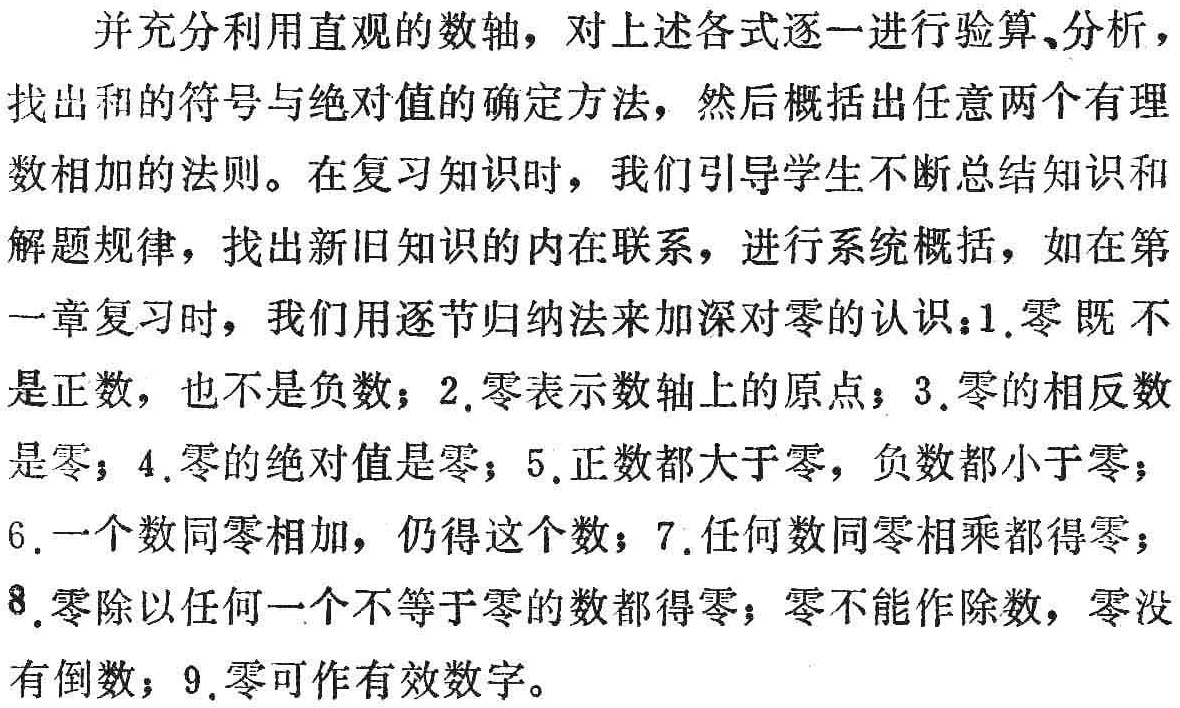
并充分利用直观的数轴，对上述各式逐一进行验算、分析，找出和的符号与绝对值的确定方法，然后概括出任意两个有理数相加的法则。在复习知识时，我们引导学生不断总结知识和解题规律，找出新旧知识的内在联系，进行系统概括，如在第一章复习时，我们用逐节归纳法来加深对零的认识：1.零既不是正数，也不是负数；2.零表示数轴上的原点；3.零的相反数是零；4.零的绝对值是零；5.正数都大于零，负数都小于零；6.一个数同零相加，仍得这个数；7.任何数同零相乘都得零；8.零除以任何一个不等于零的数都得零；零不能作除数，零没有倒数；9.零可作有效数字。